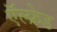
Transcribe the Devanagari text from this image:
ऍल्फ्रेड